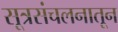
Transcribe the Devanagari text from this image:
सूत्रसंचलनातून